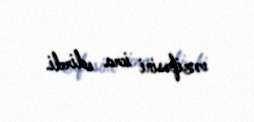
vəzifəsini icra edirdi.